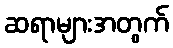
ဆရာများအတွက်